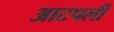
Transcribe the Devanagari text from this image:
आटपली